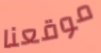
موقعنا